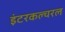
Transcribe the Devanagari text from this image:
इंटरकल्चरल